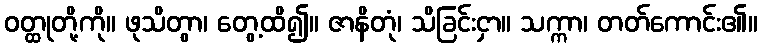
ဝတ္ထုတို့ကို။ ဖုသိတွာ၊ တွေ့ထိ၍။ ဇာနိတုံ၊ သိခြင်းငှာ။ သက္ကာ၊ တတ်ကောင်း၏။